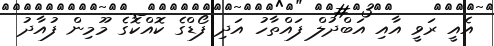
އެއީ ރަވީ އާއި އަބްދުލް ފައްތާހު އަދި ފޯޑްގެ ކޮއްކޮގެ މޫމިން ފުއާދު